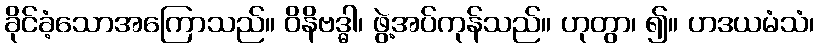
ခိုင်ခံ့သောအကြောသည်။ ဝိနိဗဒ္ဓါ၊ ဖွဲ့အပ်ကုန်သည်။ ဟုတွာ၊ ၍။ ဟဒယမံသံ၊